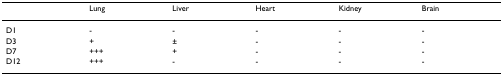
<table><thead><tr><td></td><td><b>Lung</b></td><td><b>Liver</b></td><td><b>Heart</b></td><td><b>Kidney</b></td><td><b>Brain</b></td></tr></thead><tbody><tr><td>D1</td><td>-</td><td>-</td><td>-</td><td>-</td><td>-</td></tr><tr><td>D3</td><td>+</td><td>±</td><td>-</td><td>-</td><td>-</td></tr><tr><td>D7</td><td>+++</td><td>+</td><td>-</td><td>-</td><td>-</td></tr><tr><td>D12</td><td>+++</td><td>-</td><td>-</td><td>-</td><td>-</td></tr></tbody></table>